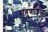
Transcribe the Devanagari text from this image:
सगुणाऊंना